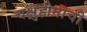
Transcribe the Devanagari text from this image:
चक्षुहीनाची